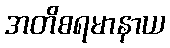
အတိစရမာနာယ